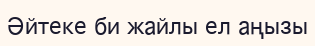
Әйтеке би жайлы ел аңызы